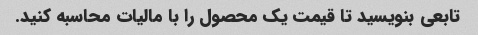
تابعی بنویسید تا قیمت یک محصول را با مالیات محاسبه کنید.